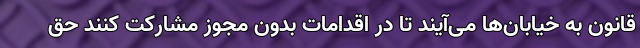
قانون به خیابان‌ها می‌آیند تا در اقدامات بدون مجوز مشارکت کنند حق